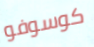
كوسوفو